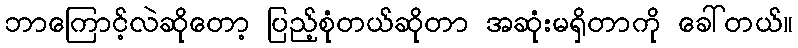
ဘာကြောင့်လဲဆိုတော့ ပြည့်စုံတယ်ဆိုတာ အဆုံးမရှိတာကို ခေါ်တယ်။